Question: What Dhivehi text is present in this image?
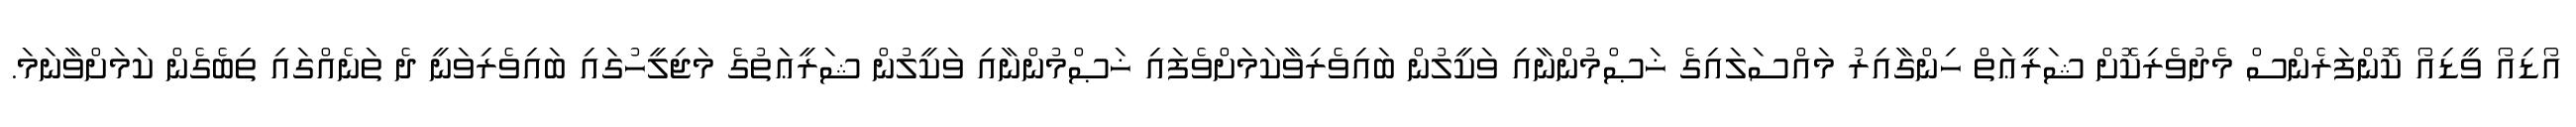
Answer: އޯޑިއޯ ވީޑިއޯ ކޮންފަރެންސް މެދުވެރިކޮށް ޝަރީޢަތް ހިންގާއިރު މައްސަލައިގެ ޚަޞްމުންނާއި ވަކީލުން ބައިވެރިވާކަމަށްވެފައި ޚަޞްމުންނާއި ވަކީލުން ޝަރީޢަތުގެ މަޖިލީހުގައި ބައިވެރިވަނީ ދެ ތަނެއްގައި ތިބެގެން ކަމަށްވާނަމަ.